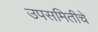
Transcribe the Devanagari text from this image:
उपसमितीचे